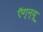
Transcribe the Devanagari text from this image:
ऍग्न्यू